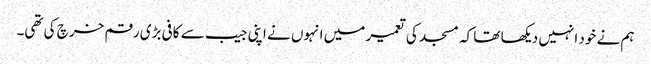
ہم نے خود انہیں دیکھا تھا کہ مسجد کی تعمیر میں انہوں نے اپنی جیب سے کافی بڑی رقم خرچ کی تھی۔